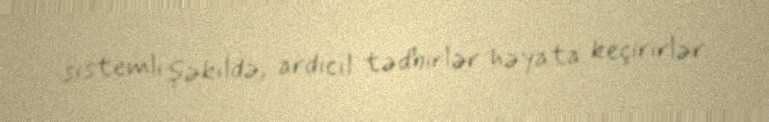
sistemli şəkildə, ardıcıl tədbirlər həyata keçirirlər.